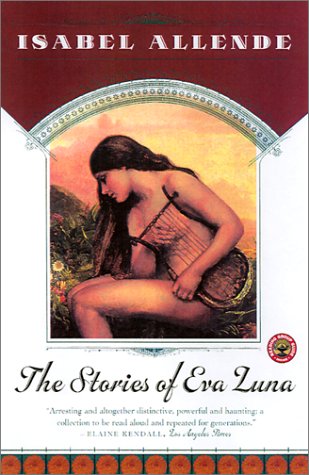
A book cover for The Stories of Eva Luna; Isabel Allende; Literature & Fiction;